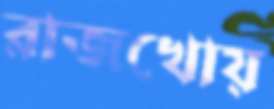
রাজখোয়